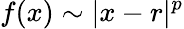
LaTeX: f(x)\sim|x-r|^{p}